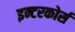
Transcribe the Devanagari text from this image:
इन्टरकोर्स